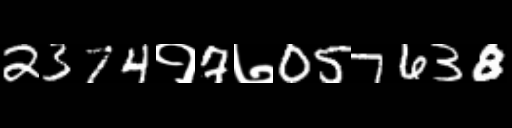
Text: 2374१7७057638